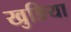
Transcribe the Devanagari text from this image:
खुङिया